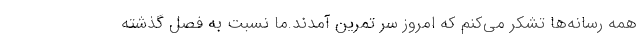
همه رسانه‌ها تشکر می‌کنم که امروز سر تمرین آمدند.ما نسبت به فصل گذشته